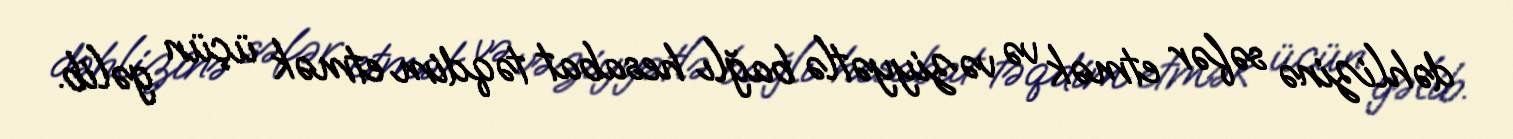
dəhlizinə səfər etmək və vəziyyətlə bağlı hesabat təqdim etmək üçün gəlib.